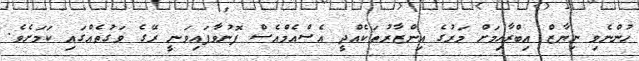
ހުންނެވި ނިޔާޒް އިބްރާހިމަށް މަރުގެ އިންޒާރުތަކެއްދީ އެސްއެމްއެސް ފޮނުވާފައިވަނީ ރޭގެ ވަގުތެއްގައި ކަމަށެވެ.